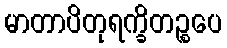
မာတာပိတုရက္ခိတဉ္စပေ